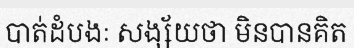
បាត់ដំបងៈ សង្ស័យថា មិនបានគិត